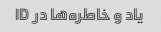
یاد و خاطره‌ها در ID